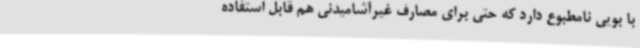
با بویی نامطبوع دارد که حتی برای مصارف غیرآشامیدنی هم قابل استفاده